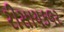
રીસાયકલર